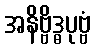
အနိဗ္ဗိဒ္ဓပုဗ္ဗံ